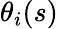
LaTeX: \theta_{i}(s)